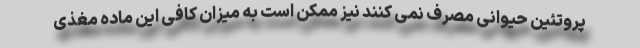
پروتئین حیوانی مصرف نمی کنند نیز ممکن است به میزان کافی این ماده مغذی